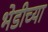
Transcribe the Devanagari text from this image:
भेडीच्या